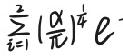
\(\sum_{i = 1}^{2} \left(\frac{\alpha}{\pi}\right)^{\frac{1}{4}} e^{-}\)